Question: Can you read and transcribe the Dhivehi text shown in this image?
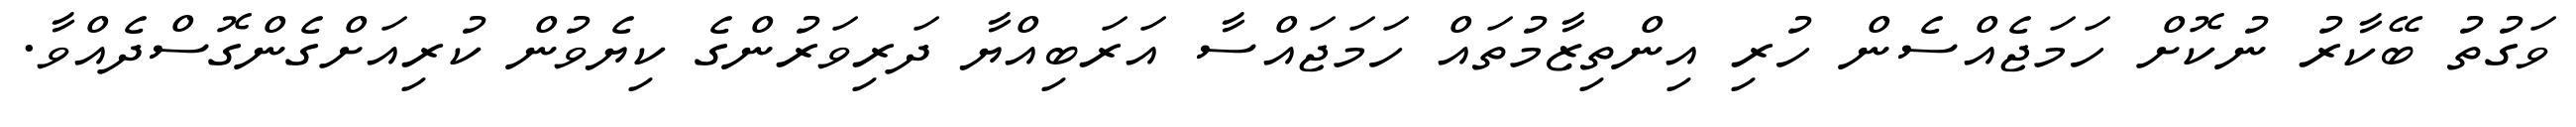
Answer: ވަގުތު ބޭކާރު ނުކޮށް ހަމަޖެއްސެން ހުރި އިންތިޒާމުތައް ހަމަޖައްސާ އަރަބިއްޔާ ދަރިވަރުންގެ ކިޔެވުން ކުރިއަށްގެންގޮސްދެއްވާ.